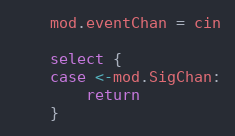
Language: Go
	mod.eventChan = cin

	select {
	case <-mod.SigChan:
		return
	}